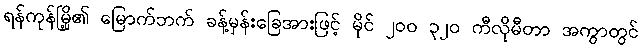
ရန်ကုန်မြို့၏ မြောက်ဘက် ခန့်မှန်းခြေအားဖြင့် မိုင် ၂၀၀ ၃၂၀ ကီလိုမီတာ အကွာတွင်